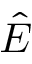
\hat { E }